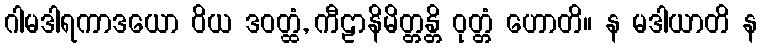
ဂါမဒါရကာဒယော ဝိယ ဒဝတ္ထံ, ကီဠာနိမိတ္တန္တိ ဝုတ္တံ ဟောတိ။ န မဒါယာတိ န